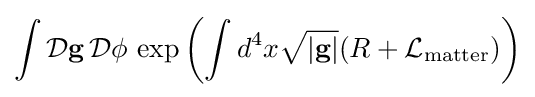
\int {\mathcal {D}}\mathbf {g} \,{\mathcal {D}}\phi \,\exp \left(\int d^{4}x{\sqrt {|\mathbf {g} |}}(R+{\mathcal {L}}_{\mathrm {matter} })\right)